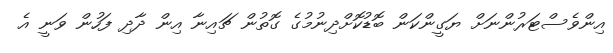
އިންވެސްޓަރުންނަށް ޔަގީންކަން ބޮޑުކޮށްދިނުމުގެ ގޮތުން ޗައިނާ އިން ދާދި ފަހުން ވަނީ އެ